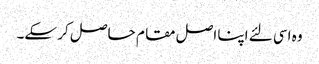
وہ اسی لئے اپنا اصل مقا م حاصل کر سکے۔